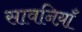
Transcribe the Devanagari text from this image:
सावनिय़ाँ